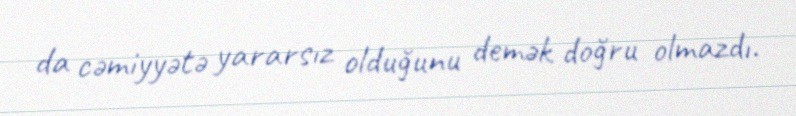
da cəmiyyətə yararsız olduğunu demək doğru olmazdı.